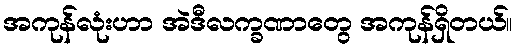
အကုန်လုံးဟာ အဲဒီလက္ခဏာတွေ အကုန်ရှိတယ်။